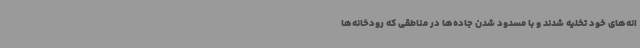
انه‌های خود تخلیه شدند و با مسدود شدن جاده‌ها در مناطقی که رودخانه‌ها